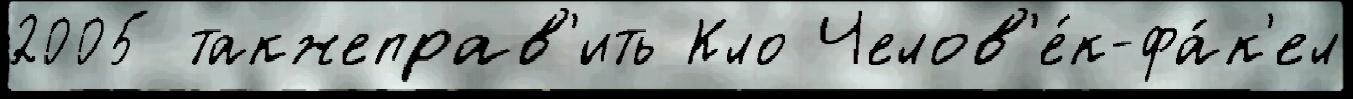
2005 такжеправ'ить Кло Челов'е́к-фа́к'ел